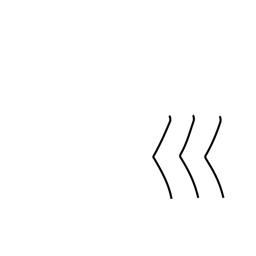
Meaning: curving river radical (no.47)